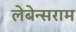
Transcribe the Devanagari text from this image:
लेबेन्सराम